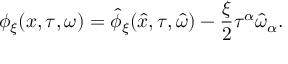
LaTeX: \phi _ { \xi } ( x , \tau , \omega ) = \hat { \phi } _ { \xi } ( \hat { x } , \tau , \hat { \omega } ) - \frac { \xi } { 2 } \tau ^ { \alpha } \hat { \omega } _ { \alpha } .